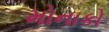
મોનાકો